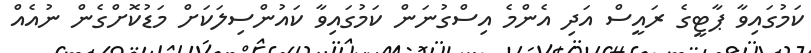
ކަމުގައިވާ ޕާޓީގެ ރައީސް އަދި އެންމެ އިސްގުނަން ކަމުގައިވާ ކައުންސިލަކަށް މަޑުކޮށްގެން ނުއެއް